Lunatic asylums Central Provinces reports 1886-1894 - 1886-1894
Year: 1886
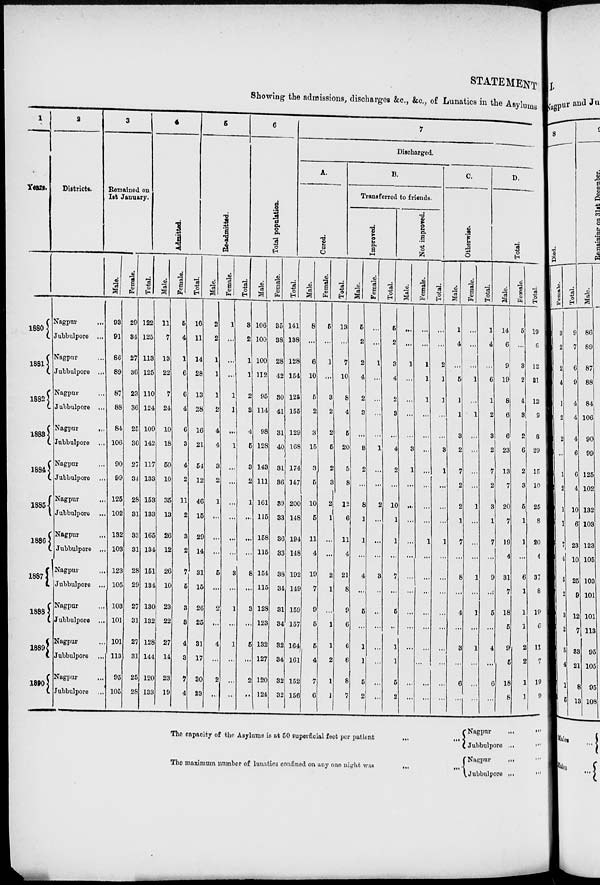
STATEMENT
Showing the admissions, discharges &c, &c., of Lunatics in the Asylums
1
Years.
1880
1881
1882
1883
1884
1885
1886
1887
1888
1889
1890
2
Districts.
Nagpur
...
Jubbulpore ...
Nagpur ...
Jubbulpore ...
Nagpur ...
Jubbulpore ...
Nagpur
...
Jubbulpore ...
Nagpur ...
Jubbulpore ...
Nagpur ...
Jubbulpore ...
Nagpur
...
Jubbulpore ...
Nagpur ...
Jubbulpore ...
Nagpur ...
Jubbulpore ...
Nagpur ...
Jubbulpore ...
Nagpur ...
Jubbulpore ...
3
Remained on
1st
January
Male.
93
91
86
89
87
88
84
106
90
99
125
102
132
103
123
105
103
101
101
113
95
105
Female.
29
34
27
36
23
36
25
36
27
34
28
31
33
31
28
29
27
31
27
31
25
28
Tot al .
122
125
113
125
110
124
109
142
117
133
153
133
165
134
151
134
130
132
128
144
120
133
4
Admitted.
Mal e.
11
7
13
22
7
24
10
18
50
10
35
13
26
12
26
10
23
22
27
14
23
19
Female.
5
4
1
6
6
4
6
3
4
2
11
2
3
2
7
5
3
3
4
3
7
4
5
Re-admitted.
Total.
16
11
14
28
13
28
16
21
54
12
46
15
29
14
31
15
26
25
31
17
30
23
Male.
2
2
1
1
1
2
4
4
3
2
1
...
...
...
5
...
2
...
4
...
2
...
Female.
1
...
...
...
1
1
...
1
...
...
...
...
...
...
3
...
1
...
1
...
...
...
6
Total population.
Total.
3
2
1
1
2
3
4
5
3
2
1
...
...
...
8
...
3
...
5
...
2
...
Male.
106
100
100
112
95
114
98
128
143
111
161
115
158
115
154
115
128
123
132
127
120
124
Female.
35
38
28
42
30
41
31
40
31
36
39
33
36
33
38
34
31
34
32
34
32
32
7
Discharged.
A.
Cured.
Total.
141
138
128
154
125
155
129
168
174
147
200
148
194
148
192
149
159
157
164
161
152
156
Male.
8
...
6
10
5
2
3
15
3
5
10
5
11
4
19
7
9
5
5
4
7
6
Female.
5
...
1
...
3
2
2
5
2
3
2
1
...
...
2
1
...
1
1
2
1
1
B.
Transferred to friends.
Improred.
Total.
13
...
7
10
8
4
5
20
5
8
12
6
11
4
21
8
9
6
6
6
8
7
Male.
5
2
2
4
2
3
...
3
2
...
8
1
1
...
4
...
5
...
1
1
5
2
Female.
...
...
1
...
...
...
...
1
...
...
2
...
...
...
3
...
...
...
...
...
...
...
Total.
5
2
3
4
2
3
...
4
2
...
10
1
1
...
7
...
5
...
1
5
2
Not improved.
Male.
...
...
1
...
...
...
...
3
1
...
...
...
...
...
...
...
..
...
...
...
...
...
Female.
...
...
1
1
1
...
...
...
...
...
...
...
1
...
...
...
...
...
...
...
...
...
C.
Otherwise.
Total.
...
...
2
1
1
...
...
3
1
...
...
...
1
...
...
...
...
...
...
...
...
...
Male.
1
4
...
5
1
1
3
2
7
2
2
1
7
...
8
...
4
...
3
...
6
...
Female.
...
...
...
1
...
1
...
...
...
...
1
...
...
...
1
...
1
...
1
...
...
...
Total.
1
4
...
6
1
2
3
2
7
2
3
1
7
...
9
...
5
...
4
...
6
...
D.
Total.
Male.
14
6
9
19
8
6
6
23
13
7
20
7
19
4
31
7
18
5
9
5
18
8
Female.
5
...
3
2
4
3
2
6
2
3
5
1
1
...
6
1
1
1
2
2
1
1
Total.
19
6
12
21
12
9
8
29
15
10
25
8
20
4
37
8
19
6
11
7
19
9
The capacity of the Asylums is at 50 superficial feet per patient
...
...
The maximum number of lunatics confined on any one night was
...
...
Nagpur
...
...
Jubbulpore ... ...
Nagpur ... ...
Jubbulpore
... ...